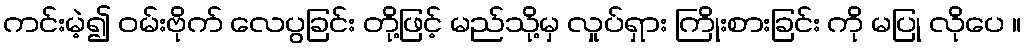
ကင်းမဲ့၍ ဝမ်းဗိုက် လေပွခြင်း တို့ဖြင့် မည်သို့မှ လှုပ်ရှား ကြိုးစားခြင်း ကို မပြု လိုပေ ။